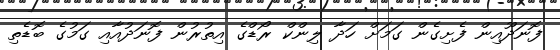
ފޮނަދޫއިން ފެށިގެން ގަމަށް ހަދާ ލިންކް ރޯޑްގެ އިތުރުން ފޮނަދުއާއި ގަމުގެ ބޮޑެތި